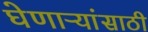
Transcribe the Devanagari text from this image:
घेणाऱ्यांसाठी